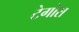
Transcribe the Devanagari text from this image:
टेगोरा